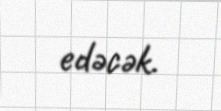
edəcək.